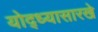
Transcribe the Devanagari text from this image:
योद्ध्यासारखे